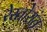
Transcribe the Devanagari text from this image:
रेस्तोरांत